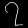
Digit: ၇